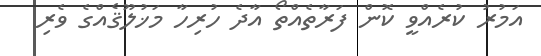
އަމުރު ކުރެއްވީ ކޮން ފަރާތެއްތޯ އާދެ ހުރިހާ މަޚުލޫޤެއްގެ ވެރި